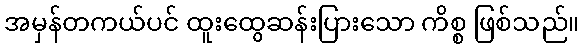
အမှန်တကယ်ပင် ထူးထွေဆန်းပြားသော ကိစ္စ ဖြစ်သည်။